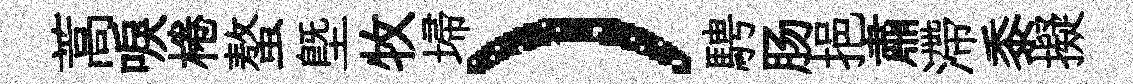
蒿唳棬螯塈牧埽）騁肠挹肅滯黍擬